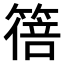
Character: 𫂕